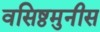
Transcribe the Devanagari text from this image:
वसिष्ठमुनीस